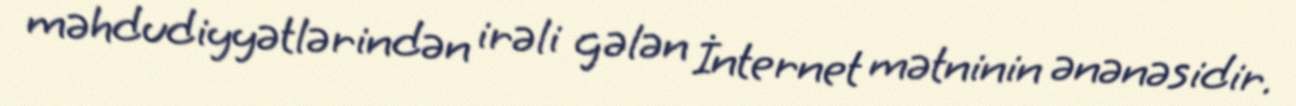
məhdudiyyətlərindən irəli gələn İnternet mətninin ənənəsidir.